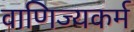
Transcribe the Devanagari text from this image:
वाणिज्यकर्म